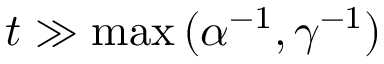
t \gg \operatorname* { m a x } { ( \alpha ^ { - 1 } , \gamma ^ { - 1 } ) }